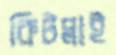
কিটপ্লাই